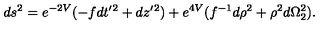
d s ^ { 2 } = e ^ { - 2 V } ( - f d t ^ { \prime } { } ^ { 2 } + d z ^ { \prime } { } ^ { 2 } ) + e ^ { 4 V } ( f ^ { - 1 } d \rho ^ { 2 } + \rho ^ { 2 } d \Omega _ { 2 } ^ { 2 } ) .